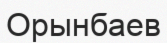
Орынбаев